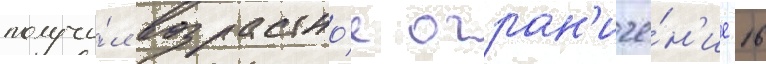
получи́л возрастно́е огран'иче́н'ие 16